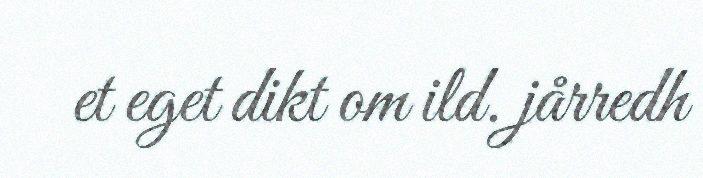
et eget dikt om ild. jårredh